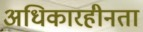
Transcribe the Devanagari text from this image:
अधिकारहीनता